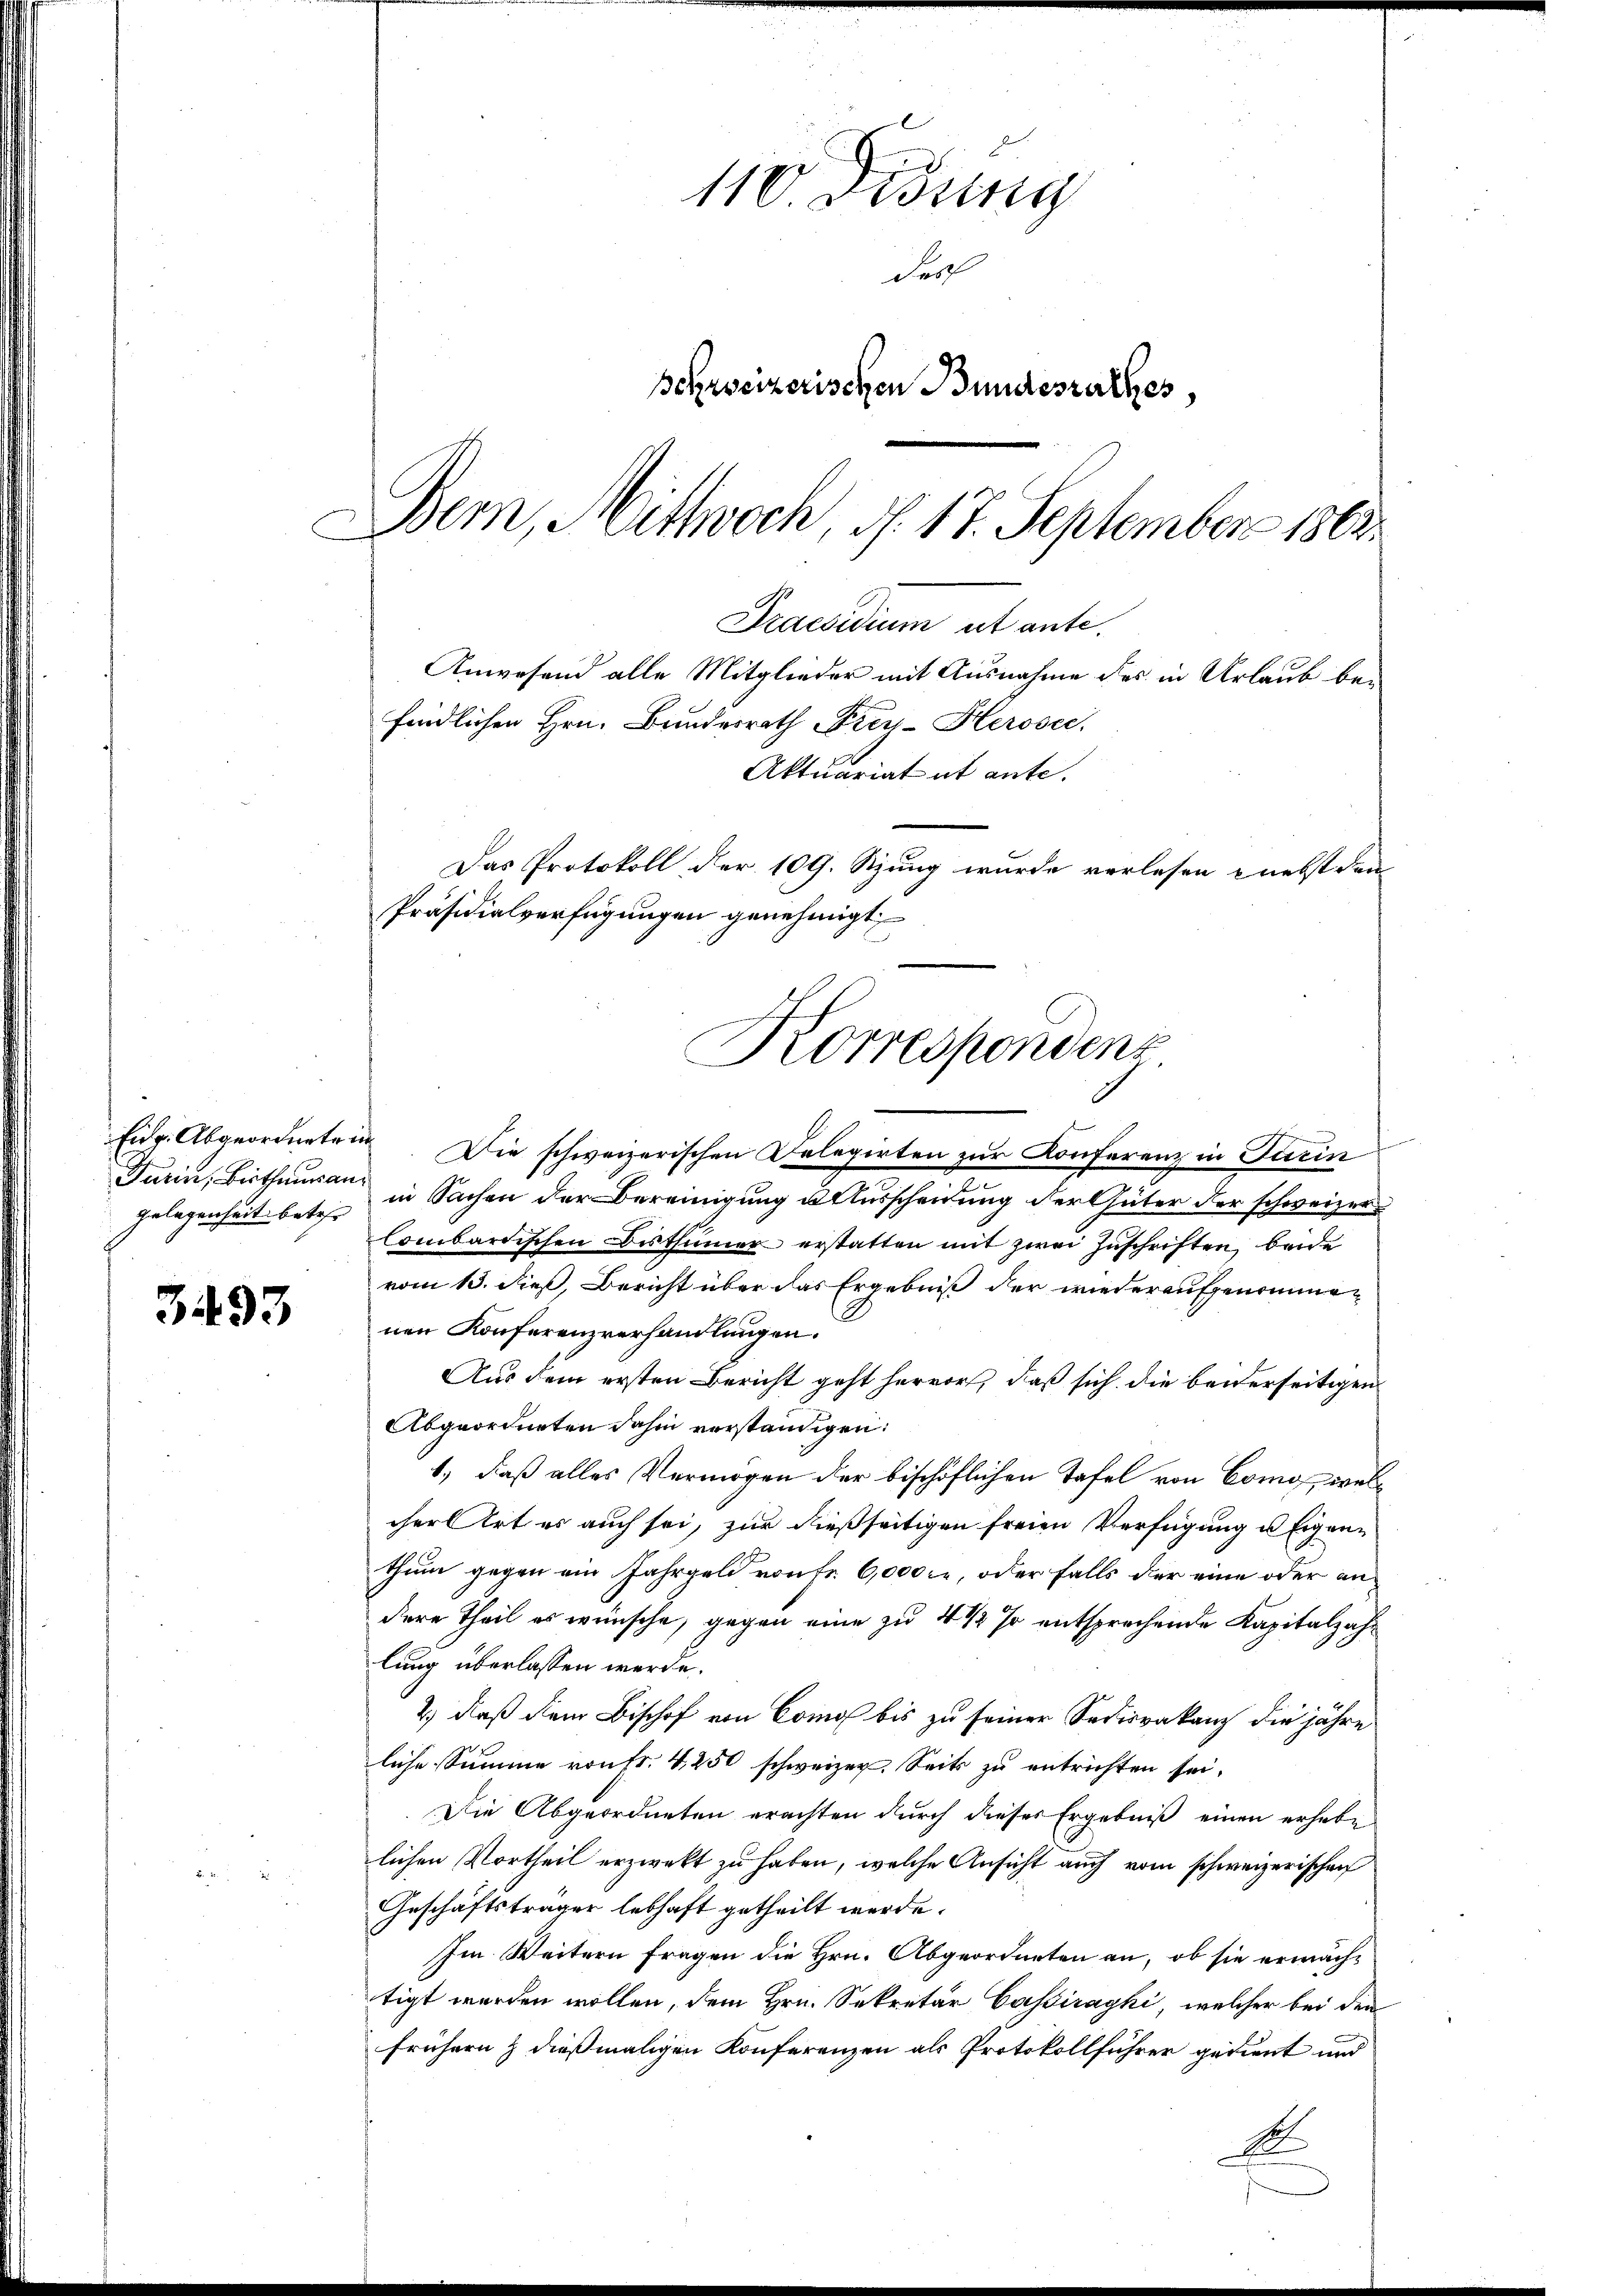
gelegenheit. betr.

3493

110. Disung
Frol
schreizerischen Bundesrathes,
Bem, Mittwoch, d. 17. September 1863.

Korrespondens

Eidg. Abgeordneten. Die schweizerischen Delegirten zur Konferenz in Turin
Turin, Bisthausen in Sachen der Bereinigung u. Ausscheidung der Güter der schweizer
Combardischen Bisthümer erstatten mit zwei Zuschriften, beide
vom 13. dieß, Bericht über das Ergebniß der wiederaufgenommenen Konferenzverhandlungen.
Aus dem ersten Bericht geht hervor, daß sich die beiderseitigen
Abgeordneten dahin verständigen:
1.) daß alles Vermögen der bischöflichen Tafel von Como, welcher Art es auch sei, zur dießseitigen freien Verfügung u Eigenthum gegen ein Jahrgeld von Fr. 6,000. r, oder falls der eine oder andere Theil es wünsche, gegen eine zu 4 1/2 % entsprechende Kapitalzahlung überlassen werde.
2.) daß dem Bischof von Como bis zu seiner Sedisrakanz die jähre
liche Summe von Fr. 4, 250 schweizer. Seits zu entrichten sei.
Die Abgeordneten erachten durch dieses Ergebniß einen erhebe
lichen Vortheil erzwekt zu haben, welche Ansicht auch vom schweizerischen
Geschäftsträger lebhaft getheilt werde.
Im Weitern fragen die Hrn. Abgeordneten an, ob sie ermächtigt werden wollen, dem Hrn. Sekretär Cassirayki, welcher bei den
frühern & dießmaligen Konferenzen als Protokollführer gedient und
E

Praesidium et ante.
Anwesend alle Mitglieder mit Ausnahme des in Urlaub befindlichen Hrn. Bundesrath Frey-Herosec.
Aktuariat ut ante.
Das Protokoll der 109. Szung wurde verlesen nebst den
Präsidialverfügungen genehmigt.